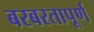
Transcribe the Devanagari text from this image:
बरबरतापूर्ण